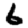
Digit: 6